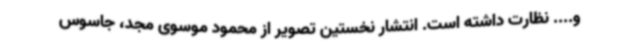
و.... نظارت داشته است. انتشار نخستین تصویر از محمود موسوی مجد، جاسوس